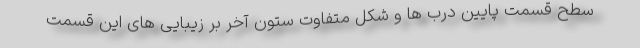
سطح قسمت پایین درب ها و شکل متفاوت ستون آخر بر زیبایی های این قسمت